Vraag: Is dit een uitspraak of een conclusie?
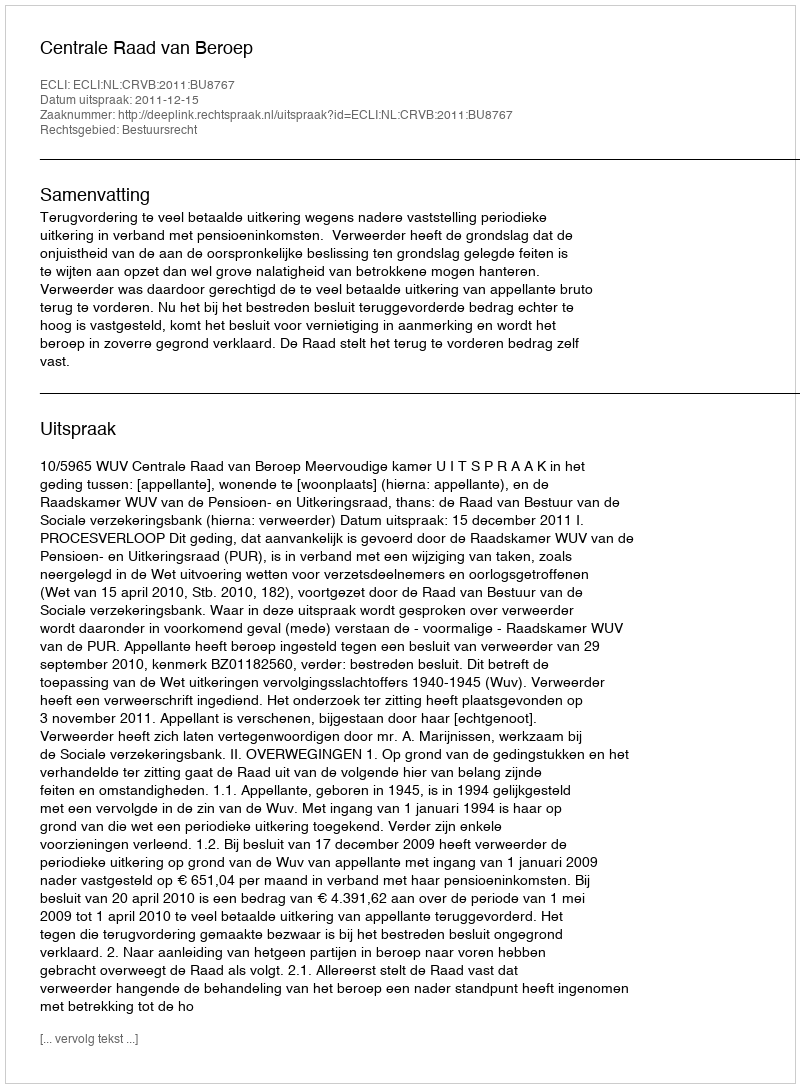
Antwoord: Uitspraak